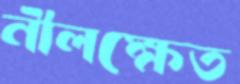
নীলক্ষেত